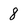
Character: 8